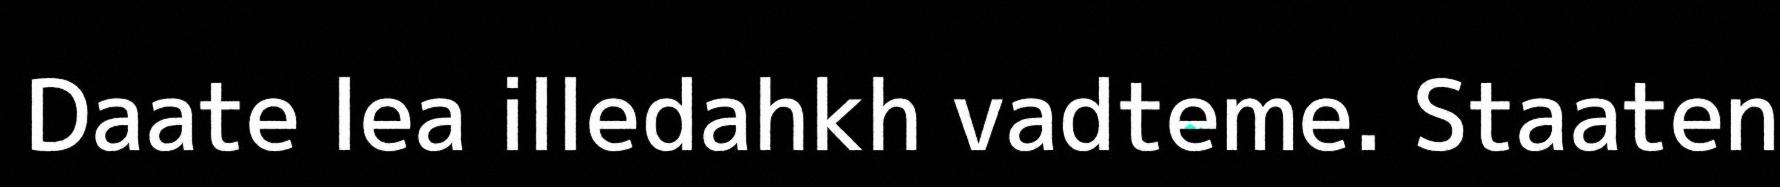
Daate lea illedahkh vadteme. Staaten